Source: Handwritten
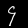
Digit: ၄ (4)